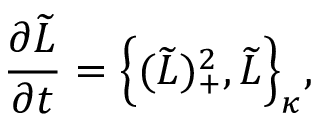
\frac { \partial \widetilde { L } } { \partial t } = \Big \{ ( \widetilde { L } ) _ { + } ^ { 2 } , \widetilde { L } \Big \} _ { \kappa } ,